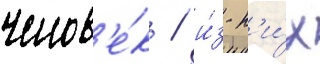
челов'е́к / и́з н'и́х